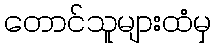
တောင်သူများထံမှ